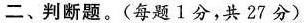
二、判断题。(每题1分，共27分)